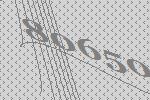
80650